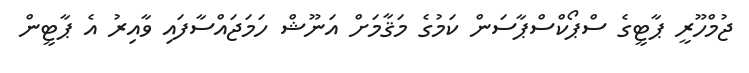
ޖުމްހޫރީ ޕާޓީގެ ސްޕޯކްސްޕާސަން ކަމުގެ މަޤާމަށް އަނޫޝް ހަމަޖައްސާފައި ވާއިރު އެ ޕާޓީން